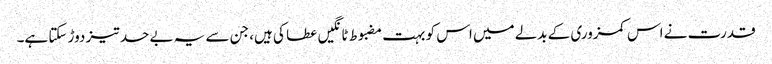
قدرت نے اس کمزوری کے بدلے میں اس کو بہت مضبوط ٹانگیں عطا کی ہیں، جن سے یہ بے حد تیز دوڑ سکتا ہے۔